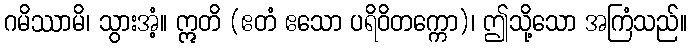
ဂမိဿာမိ၊ သွားအံ့။ ဣတိ (ဧတံ ဧသော ပရိဝိတက္ကော)၊ ဤသို့သော အကြံသည်။